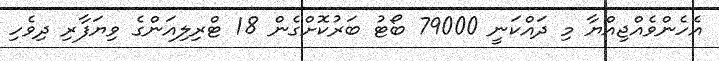
އެހެންވެއްޖިއްޔާ މި ދައްކަނީ 79000 ބޯޓު ބަރުކޮށްގެން 18 ޓްރިލިއަންގެ ވިޔަފާރި ދިވެހި